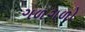
ગળગળો